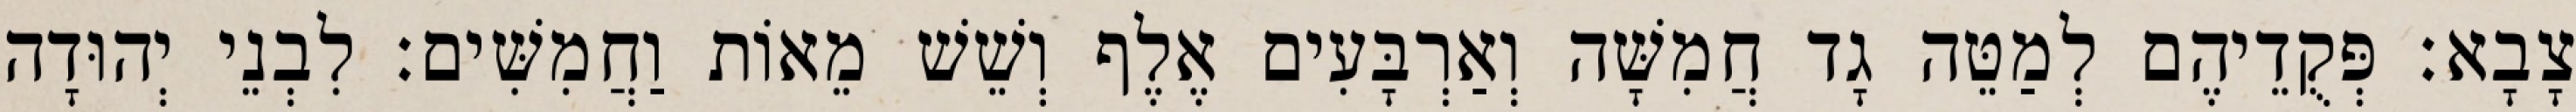
צָבָא׃ פְּקֻדֵיהֶם לְמַטֵּה גָד חֲמִשָּׁה וְאַרְבָּעִים אֶלֶף וְשֵׁשׁ מֵאוֹת וַחֲמִשִּׁים׃ לִבְנֵי יְהוּדָה